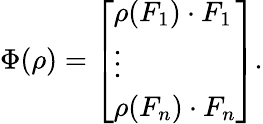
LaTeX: \Phi(\rho)={\left[\begin{array}{l}{\rho(F_{1})\cdot F_{1}}\\ {\vdots}\\ {\rho(F_{n})\cdot F_{n}}\end{array}\right]}.